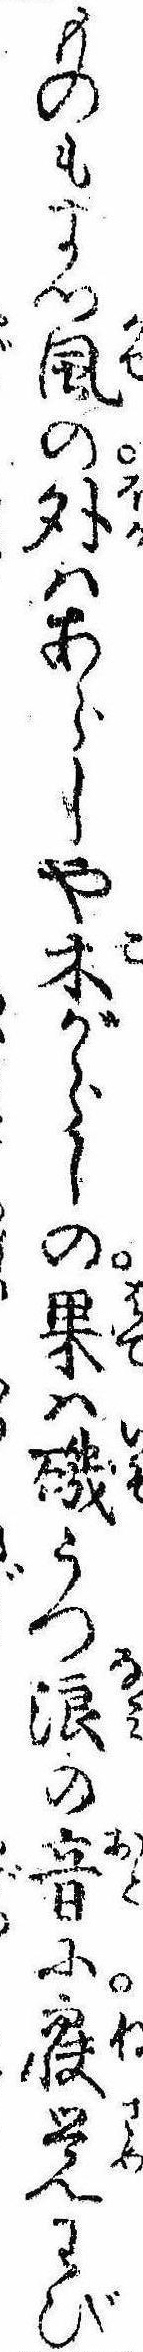
ものもまつ風の外はあらしや木がらしの果は磯うつ浪の音に寐覚わび